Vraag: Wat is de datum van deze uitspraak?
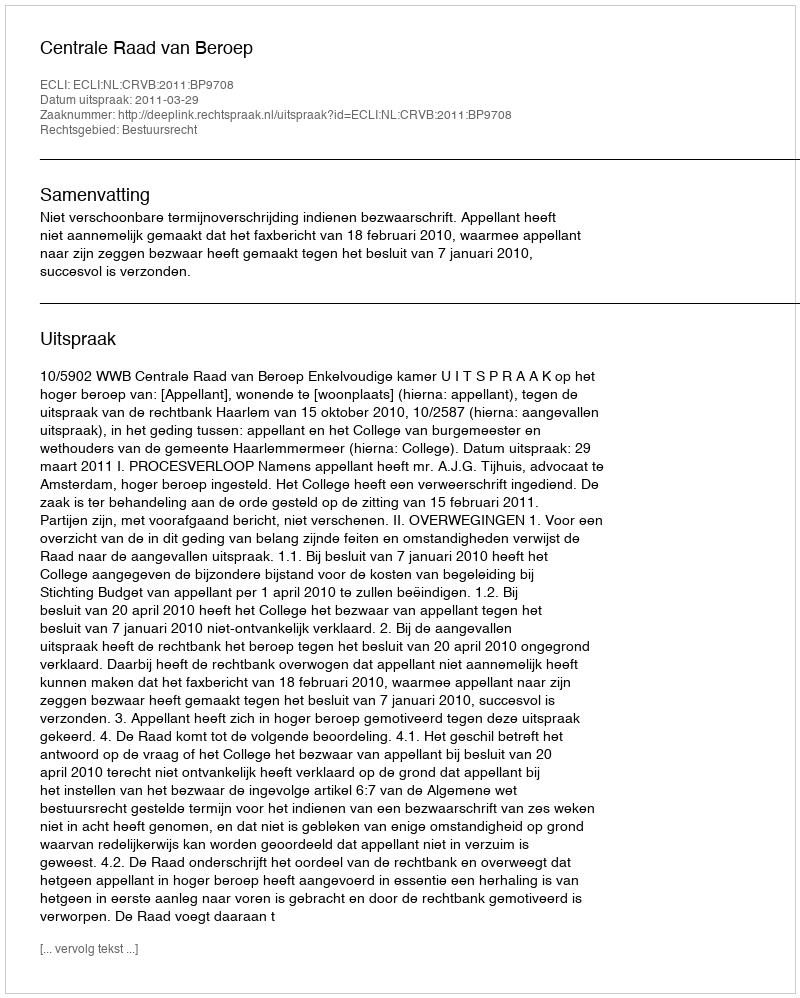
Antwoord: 2011-03-29